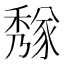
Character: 𥢁